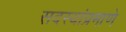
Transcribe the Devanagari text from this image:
सदस्यांप्रमाणे